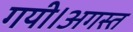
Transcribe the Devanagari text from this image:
गयी।अगस्त